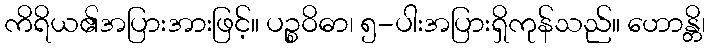
ကိရိယ၏အပြားအားဖြင့်။ ပဉ္စဝိဓာ၊ ၅-ပါးအပြားရှိကုန်သည်။ ဟောန္တိ၊